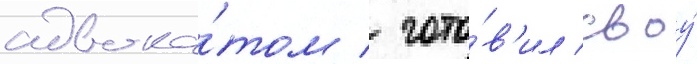
адвока́том / гото́в'ил своу́